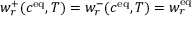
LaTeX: w _ { r } ^ { + } ( c ^ { \mathrm { { e q } } } , T ) = w _ { r } ^ { - } ( c ^ { \mathrm { { e q } } } , T ) = w _ { r } ^ { \mathrm { { e q } } }